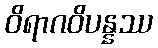
ဝိရာဂဝိပန္နဿ